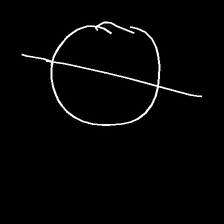
Glyph: orb